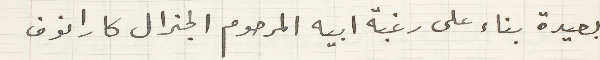
بعيدة بناء على رغبة ابيه المرحوم الجنرال كارانوف